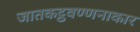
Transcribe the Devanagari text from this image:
जातकट्ठवण्णनाकार